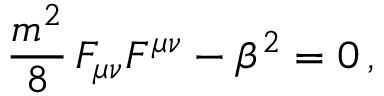
\frac { m ^ { 2 } } { 8 } \, F _ { \mu \nu } F ^ { \mu \nu } - \beta ^ { 2 } = 0 \, ,